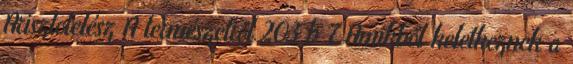
Arisztotelész A természetről 203 b 7 Amikből keletkeznek a